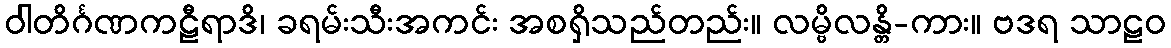
ဝါတိင်္ဂဏကဠီရာဒိ၊ ခရမ်းသီးအကင်း အစရှိသည်တည်း။ လမ္ဗိလန္တိ-ကား။ ဗဒရ သာဠဝ